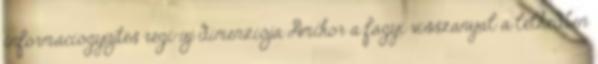
információgyűjtés régi-új dimenziója Amikor a fagyi visszanyal a lelkedben